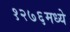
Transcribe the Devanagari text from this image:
१२७६मध्ये